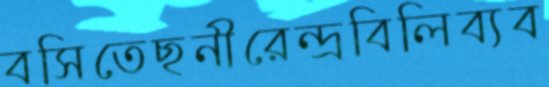
বসিতেছনীরেন্দ্রবিলিব্যব